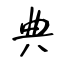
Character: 典